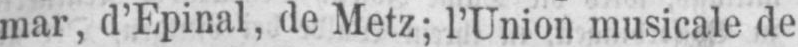
mar, d’Epinal, de Metz; l’Union musicale de